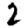
Digit: 2